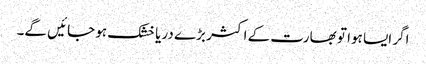
اگر ایسا ہوا تو بھارت کے اکثر بڑے دریا خشک ہو جائیں گے۔